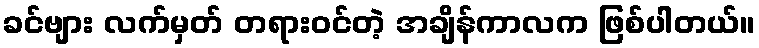
ခင်ဗျား လက်မှတ် တရားဝင်တဲ့ အချိန်ကာလက ဖြစ်ပါတယ်။